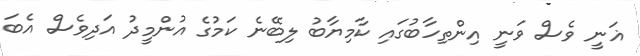
ޣަނީ ވެސް ވަނީ އިންތިހާބުގައި ކާމިޔާބު ލިބޭނެ ކަމުގެ އުންމީދު އަދިވެސް އެބަ